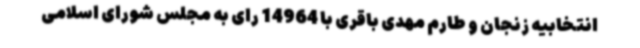
انتخابیه زنجان و طارم مهدی باقری با 14964 رای به مجلس شورای اسلامی